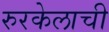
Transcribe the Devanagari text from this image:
रुरकेलाची